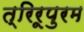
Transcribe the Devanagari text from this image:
त्रिरूपुरम